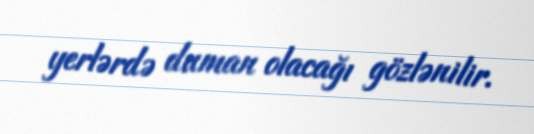
yerlərdə duman olacağı gözlənilir.